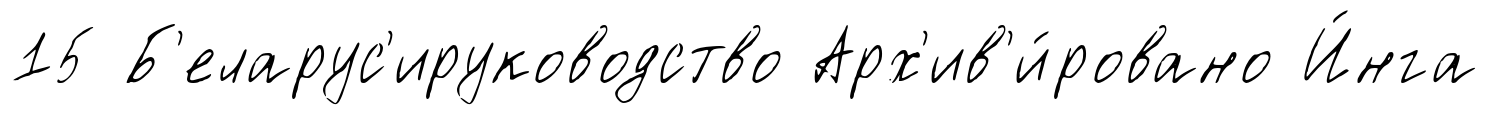
15 Б'еларус'ируководство Арх'ив'и́ровано И́нга